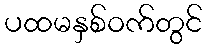
ပထမနှစ်ဝက်တွင်